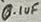
Text: 0.1uF